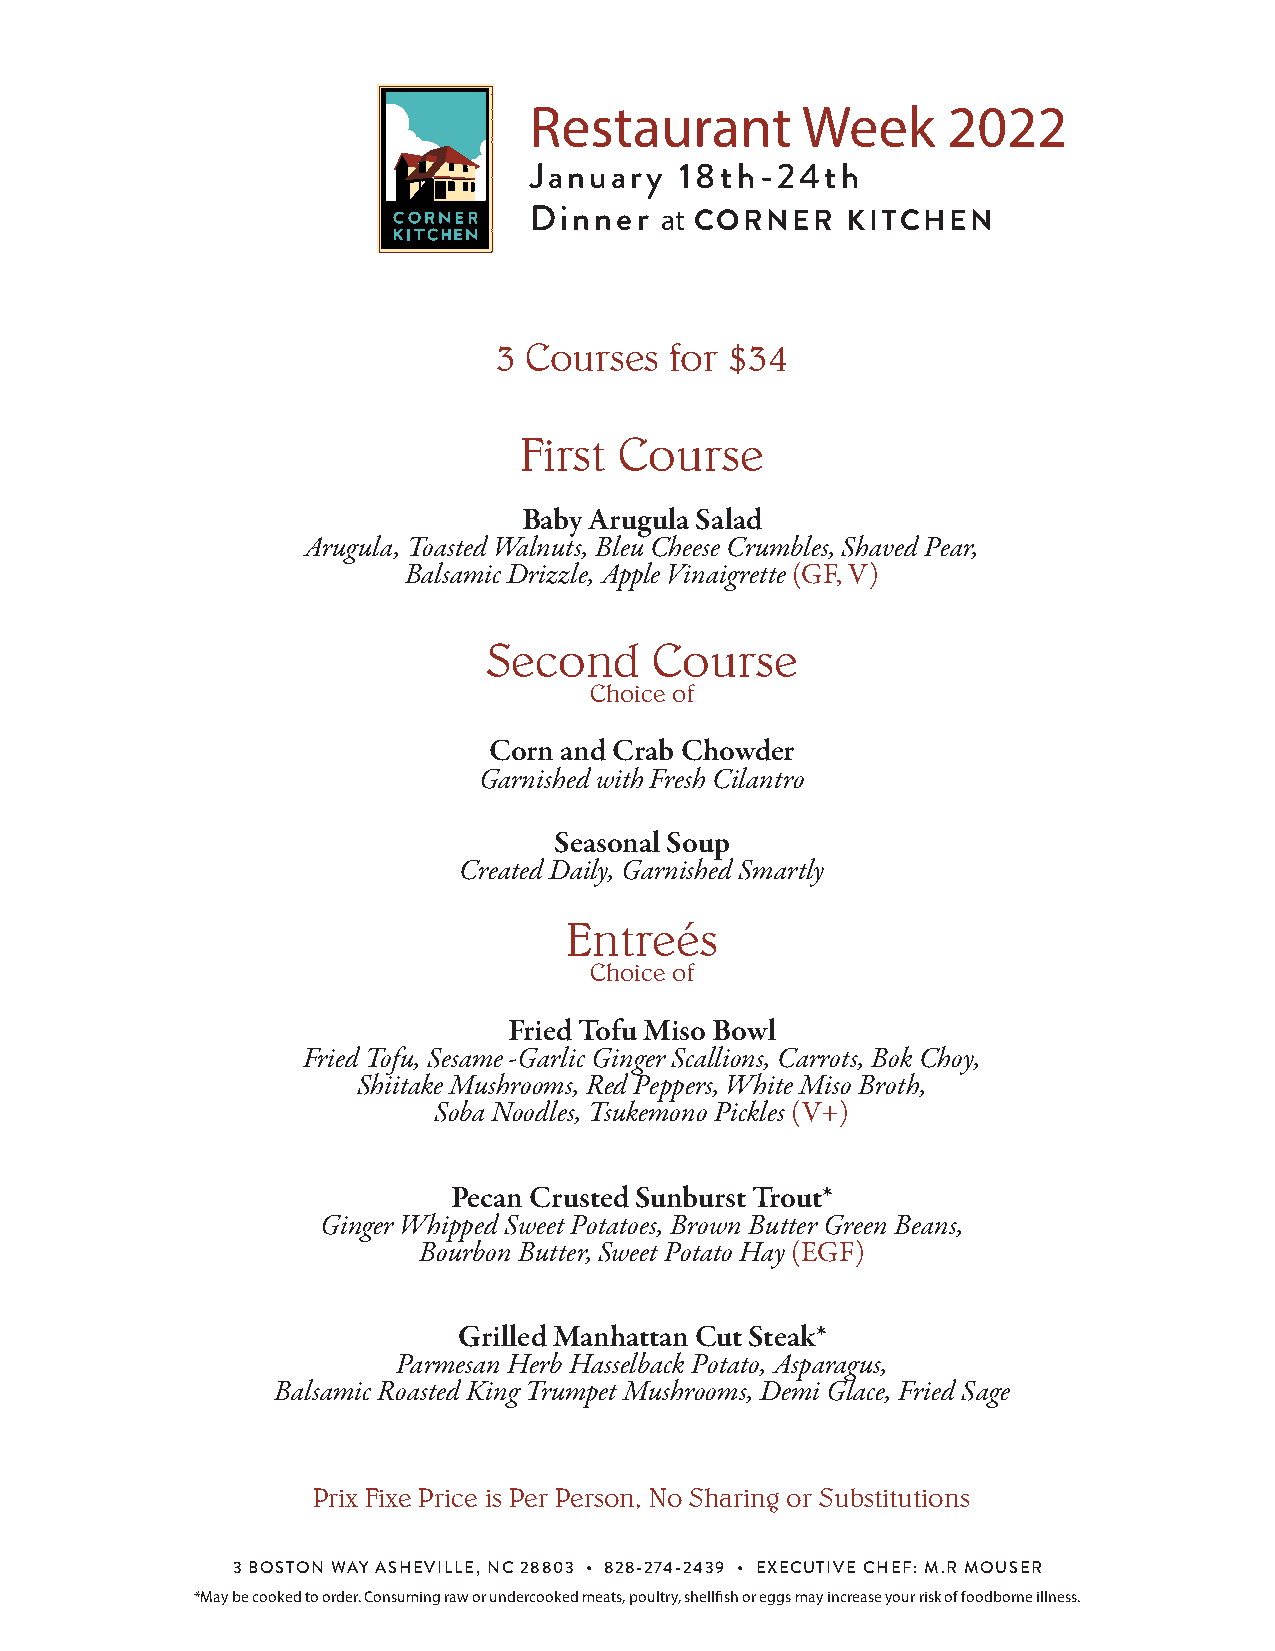
Restaurant        Week      2022
 January   18th-24th
 Dinner   at CORNER   KITCHEN
 3 Courses  for $34
 First  Course
 Baby Arugula Salad
 Arugula, Toasted Walnuts, Bleu Cheese Crumbles, Shaved Pear,
 Balsamic Drizzle, Apple Vinaigrette (GF, V)
 Second     Course
 Choice of
 Corn and Crab Chowder
 Garnished with Fresh Cilantro
 Seasonal Soup
 Created Daily, Garnished Smartly
 Entreés
 Choice of
 Fried Tofu Miso Bowl
 Fried Tofu, Sesame -Garlic Ginger Scallions, Carrots, Bok Choy,
 Shiitake Mushrooms, Red Peppers, White Miso Broth,
 Soba Noodles, Tsukemono Pickles (V+)
 Pecan Crusted Sunburst Trout*
 Ginger Whipped Sweet Potatoes, Brown Butter Green Beans,
 Bourbon Butter, Sweet Potato Hay (EGF)
 Grilled Manhattan Cut Steak*
 Parmesan Herb Hasselback Potato, Asparagus,
 Balsamic Roasted King Trumpet Mushrooms, Demi Glace, Fried Sage
 Prix Fixe Price is Per Person, No Sharing or Substitutions
 3 BOSTON WAY ASHEVILLE, NC 28803 • 828-274-2439 • EXECUTIVE CHEF: M.R MOUSER
 *May be cooked to order. Consuming raw or undercooked meats, poultry, shellfish or eggs may increase your risk of foodborne illness.